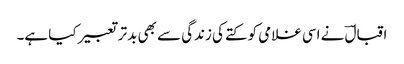
اقبالؔ نے اسی غلامی کو کتے کی زندگی سے بھی بدتر تعبیر کیا ہے۔